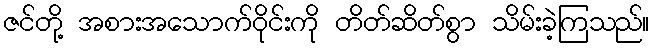
ဇင်တို့ အစားအသောက်ဝိုင်းကို တိတ်ဆိတ်စွာ သိမ်းခဲ့ကြသည်။